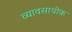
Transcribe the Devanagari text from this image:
व्यावसायोक